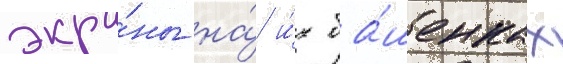
экра́ны на́ и́х ба́шенках